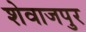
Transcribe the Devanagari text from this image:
शेवाजपुर